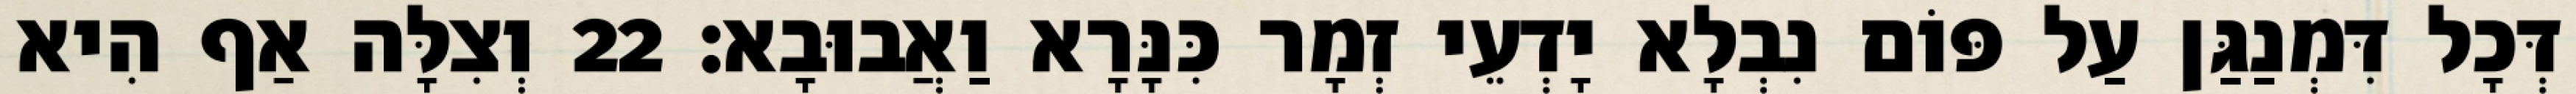
דְּכָל דִּמְנַגַּן עַל פּוֹם נִבְלָא יָדְעֵי זְמָר כִּנָּרָא וַאֲבוּבָא׃ 22 וְצִלָּה אַף הִיא